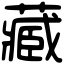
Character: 藏